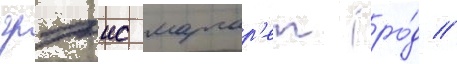
грэис маргар'ет (ро́д //